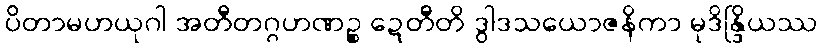
ပိတာမဟယုဂါ အတီတဂ္ဂဟဏဉ္စ ဍေတီတိ ဒွါဒသယောဇနိကာ မုဒိန္ဒြိယဿ